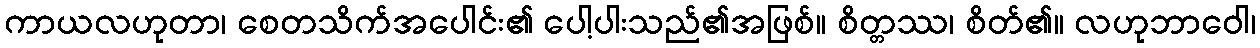
ကာယလဟုတာ၊ စေတသိက်အပေါင်း၏ ပေါ့ပါးသည်၏အဖြစ်။ စိတ္တဿ၊ စိတ်၏။ လဟုဘာဝေါ၊